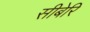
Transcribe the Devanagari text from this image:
सीबेरि